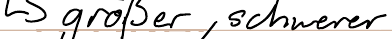
-> größer, schwerer